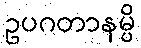
ဥပဂတာနမ္ပိ